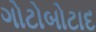
ગોટોબોટાદ